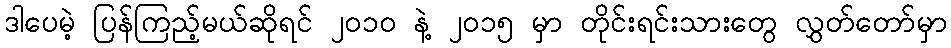
ဒါပေမဲ့ ပြန်ကြည့်မယ်ဆိုရင် ၂၀၁၀ နဲ့ ၂၀၁၅ မှာ တိုင်းရင်းသားတွေ လွှတ်တော်မှာ